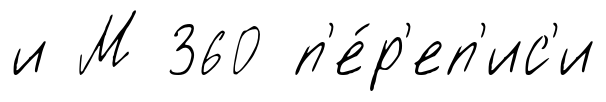
и М 360 п'е́р'еп'ис'и